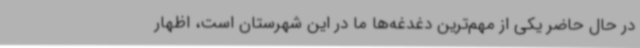
در حال حاضر یکی از مهم‌ترین دغدغه‌ها ما در این شهرستان است، اظهار